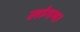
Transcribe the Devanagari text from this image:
लांगम।